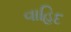
વાહિદ